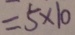
= 5 \times 1 0